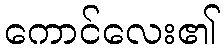
ကောင်လေး၏